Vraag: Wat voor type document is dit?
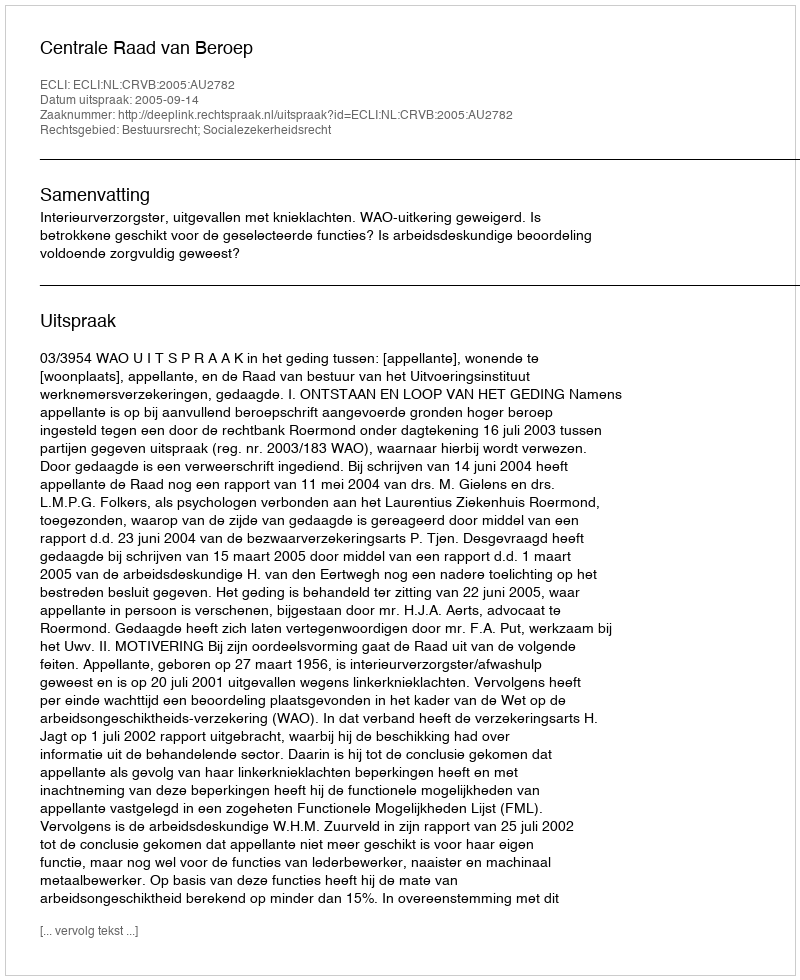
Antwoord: Uitspraak